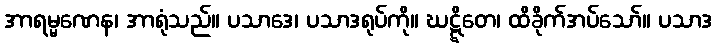
အာရမ္မဏေန၊ အာရုံသည်။ ပသာဒေ၊ ပသာဒရုပ်ကို။ ဃဋ္ဋိတေ၊ ထိခိုက်အပ်သော်။ ပသာဒ